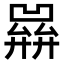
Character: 𢍭